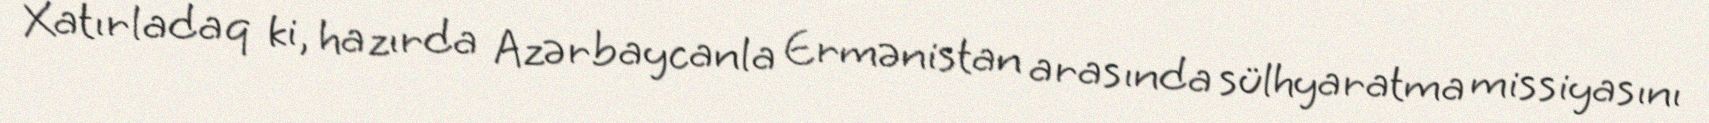
Xatırladaq ki, hazırda Azərbaycanla Ermənistan arasında sülhyaratma missiyasını